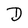
Character: D